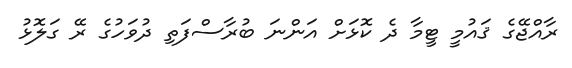
ރާއްޖޭގެ ޤައުމީ ޓީމާ ދެ ކޮޅަށް އަންނަ ބުރާސްފަތި ދުވަހުގެ ރޭ ގަލޮޅު